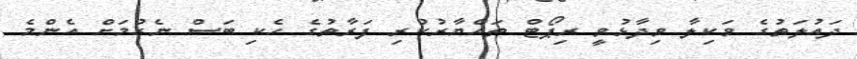
ދައުލަތުގެ ވަކިލާ ވިދާޅުވީ ރިޕޯޓް ތައްޔާރުކުރި ފަރާތުގެ ހެކި ބަސް ނެގުމަށް އެންމެ